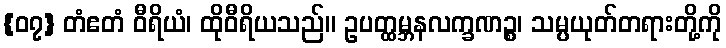
{၀၇} တံဧတံ ဝီရိယံ၊ ထိုဝီရိယသည်။ ဥပတ္ထမ္ဘနလက္ခဏဉ္စ၊ သမ္ပယုတ်တရားတို့ကို